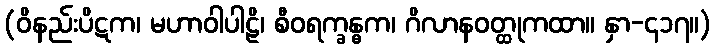
(ဝိနည်းပိဋက၊ မဟာဝါပါဠိ၊ စီဝရက္ခန္ဓက၊ ဂိလာနဝတ္ထုကထာ။ နှာ-၄၁၇။)